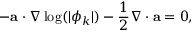
- \mathbf { a } \cdot \nabla \log ( | \phi _ { k } | ) - \frac { 1 } { 2 } \nabla \cdot \mathbf { a } = 0 ,